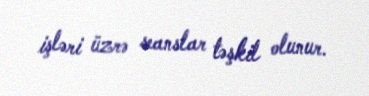
işləri üzrə seanslar təşkil olunur.